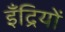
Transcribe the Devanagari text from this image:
इँद्रियों